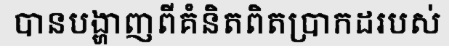
បានបង្ហាញពីគំនិតពិតប្រាកដរបស់